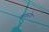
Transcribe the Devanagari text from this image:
कफरोग